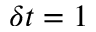
\delta t = 1